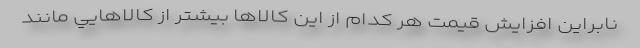
نابراين افزايش قيمت هر كدام از اين كالاها بيشتر از كالاهايي مانند